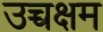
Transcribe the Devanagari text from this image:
उच्चक्षम